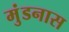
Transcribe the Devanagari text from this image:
मुंडनास